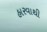
હારવાથી